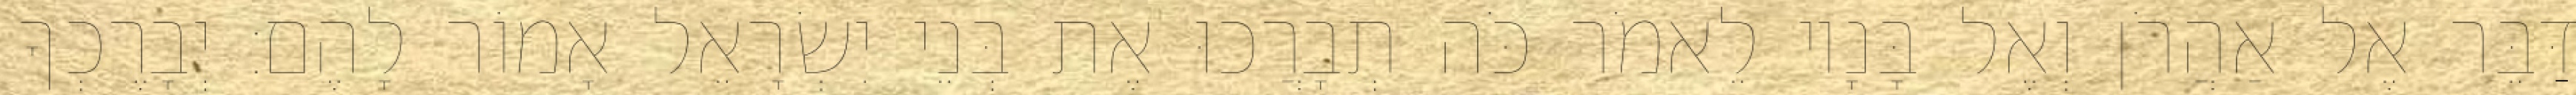
דַּבֵּר אֶל אַהֲרֹן וְאֶל בָּנָיו לֵאמֹר כֹּה תְבָרֲכוּ אֶת בְּנֵי יִשְׂרָאֵל אָמוֹר לָהֶם׃ יְבָרֶכְךָ